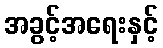
အခွင့်အရေးနှင့်